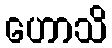
ဟောသိ